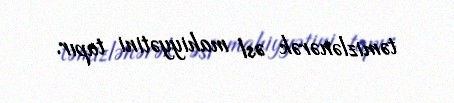
təmizlənərək əsl mahiyyətini tapır.